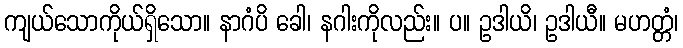
ကျယ်သောကိုယ်ရှိသော။ နာဂံပိ ခေါ၊ နဂါးကိုလည်း။ ပ။ ဥဒါယိ၊ ဥဒါယီ။ မဟတ္တံ၊